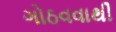
ગોઠવવાથી